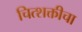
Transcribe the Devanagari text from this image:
चित्शक्तीचा